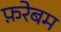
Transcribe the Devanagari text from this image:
फ़रेबम